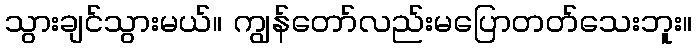
သွားချင်သွားမယ်။ ကျွန်တော်လည်းမပြောတတ်သေးဘူး။